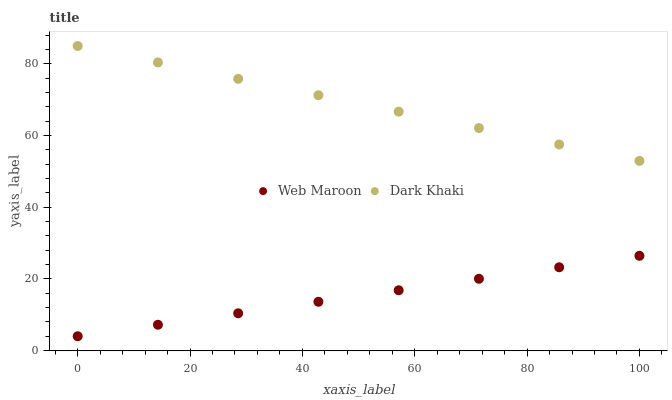
| xaxis_label | Web Maroon | Dark Khaki |
 | --- | --- | --- |
 | 0 | 4 | 85 |
 | 14.3 | 7.21 | 80.4 |
 | 28.6 | 10.4 | 75.8 |
 | 42.9 | 13.6 | 71.3 |
 | 57.1 | 16.8 | 66.7 |
 | 71.4 | 20 | 62.1 |
 | 85.7 | 23.2 | 57.5 |
 | 100 | 26.5 | 52.9 |